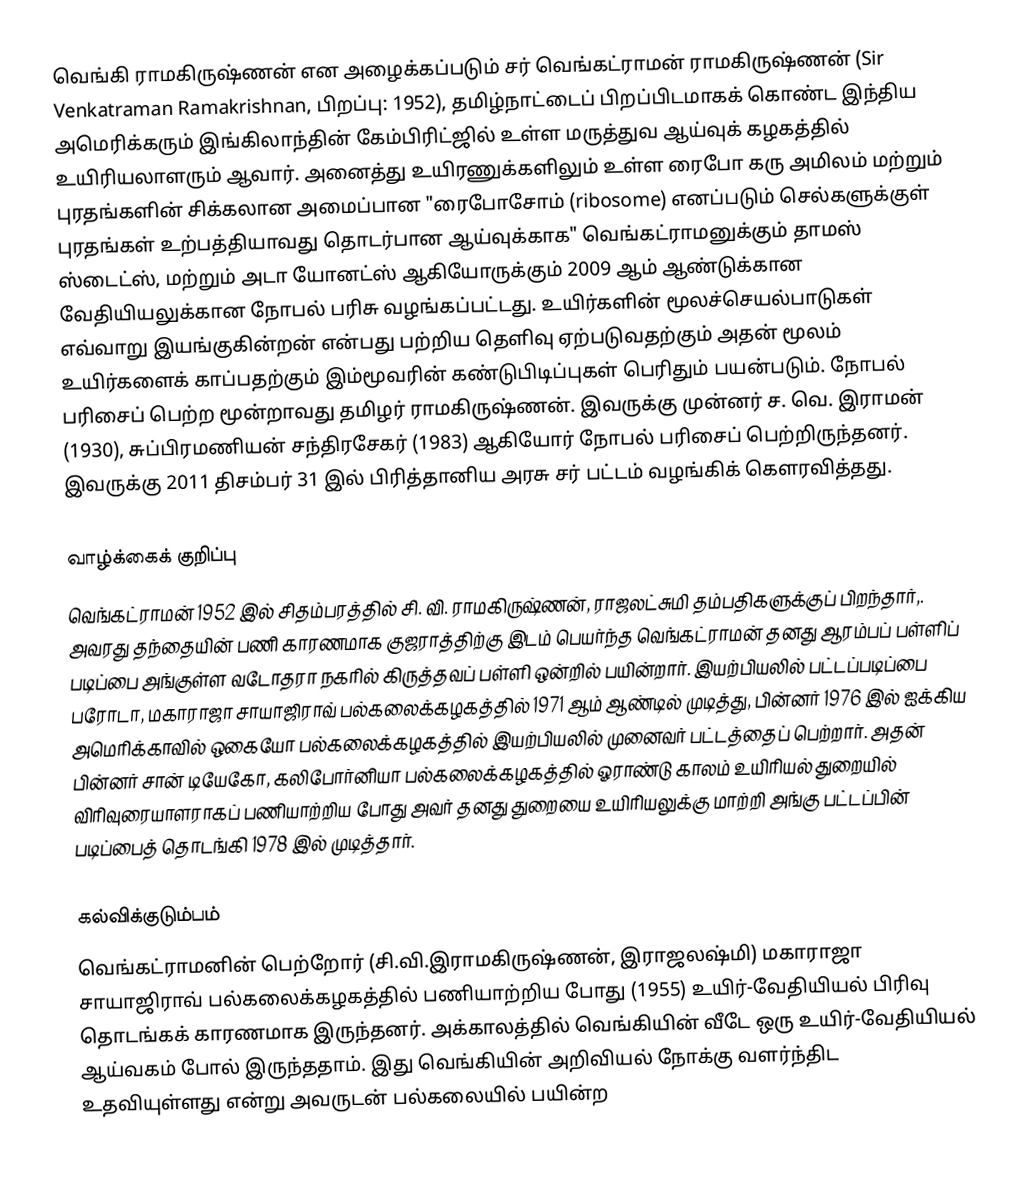
வெங்கி ராமகிருஷ்ணன் என அழைக்கப்படும் சர் வெங்கட்ராமன் ராமகிருஷ்ணன் (Sir Venkatraman Ramakrishnan, பிறப்பு: 1952), தமிழ்நாட்டைப் பிறப்பிடமாகக் கொண்ட இந்திய அமெரிக்கரும் இங்கிலாந்தின் கேம்பிரிட்ஜில் உள்ள மருத்துவ ஆய்வுக் கழகத்தில் உயிரியலாளரும் ஆவார். அனைத்து உயிரணுக்களிலும் உள்ள ரைபோ கரு அமிலம் மற்றும் புரதங்களின் சிக்கலான அமைப்பான "ரைபோசோம் (ribosome) எனப்படும் செல்களுக்குள் புரதங்கள் உற்பத்தியாவது தொடர்பான ஆய்வுக்காக" வெங்கட்ராமனுக்கும் தாமஸ் ஸ்டைட்ஸ், மற்றும் அடா யோனட்ஸ் ஆகியோருக்கும் 2009 ஆம் ஆண்டுக்கான வேதியியலுக்கான நோபல் பரிசு வழங்கப்பட்டது. உயிர்களின் மூலச்செயல்பாடுகள் எவ்வாறு இயங்குகின்றன் என்பது பற்றிய தெளிவு ஏற்படுவதற்கும் அதன் மூலம் உயிர்களைக் காப்பதற்கும் இம்மூவரின் கண்டுபிடிப்புகள் பெரிதும் பயன்படும். நோபல் பரிசைப் பெற்ற மூன்றாவது தமிழர் ராமகிருஷ்ணன். இவருக்கு முன்னர் ச. வெ. இராமன் (1930), சுப்பிரமணியன் சந்திரசேகர் (1983) ஆகியோர் நோபல் பரிசைப் பெற்றிருந்தனர். இவருக்கு 2011 திசம்பர் 31 இல் பிரித்தானிய அரசு சர் பட்டம் வழங்கிக் கௌரவித்தது.

வாழ்க்கைக் குறிப்பு
வெங்கட்ராமன் 1952 இல் சிதம்பரத்தில் சி. வி. ராமகிருஷ்ணன், ராஜலட்சுமி தம்பதிகளுக்குப் பிறந்தார்,. அவரது தந்தையின் பணி காரணமாக குஜராத்திற்கு இடம் பெயர்ந்த வெங்கட்ராமன் தனது ஆரம்பப் பள்ளிப் படிப்பை அங்குள்ள வடோதரா நகரில் கிருத்தவப் பள்ளி ஒன்றில் பயின்றார். இயற்பியலில் பட்டப்படிப்பை பரோடா, மகாராஜா சாயாஜிராவ் பல்கலைக்கழகத்தில் 1971 ஆம் ஆண்டில் முடித்து, பின்னர் 1976 இல் ஐக்கிய அமெரிக்காவில் ஒகையோ பல்கலைக்கழகத்தில் இயற்பியலில் முனைவர் பட்டத்தைப் பெற்றார். அதன் பின்னர் சான் டியேகோ, கலிபோர்னியா பல்கலைக்கழகத்தில் ஓராண்டு காலம் உயிரியல் துறையில் விரிவுரையாளராகப் பணியாற்றிய போது அவர் தனது துறையை உயிரியலுக்கு மாற்றி அங்கு பட்டப்பின் படிப்பைத் தொடங்கி 1978 இல் முடித்தார்.

கல்விக்குடும்பம்
வெங்கட்ராமனின் பெற்றோர் (சி.வி.இராமகிருஷ்ணன், இராஜலஷ்மி) மகாராஜா சாயாஜிராவ் பல்கலைக்கழகத்தில் பணியாற்றிய போது (1955) உயிர்-வேதியியல் பிரிவு தொடங்கக் காரணமாக இருந்தனர். அக்காலத்தில் வெங்கியின் வீடே ஒரு உயிர்-வேதியியல் ஆய்வகம் போல் இருந்ததாம். இது வெங்கியின் அறிவியல் நோக்கு வளர்ந்திட உதவியுள்ளது என்று அவருடன் பல்கலையில் பயின்ற